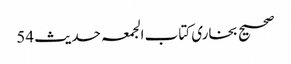
صحیح بخاری کتاب الجمعہ حدیث 54